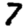
Digit: 7